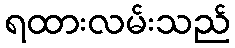
ရထားလမ်းသည်